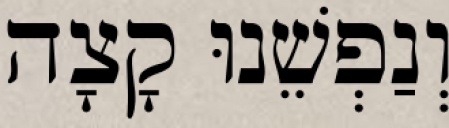
וְנַפְשֵׁנוּ קָצָה